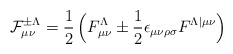
\begin{align*}{\cal F}^{\pm \Lambda}_{\mu \nu} ={1\over 2} \, \Bigl ( F^{\Lambda}_{\mu \nu} \pm {1\over 2}\epsilon_{\mu\nu\rho\sigma}F^{\Lambda \vert \mu \nu} \Bigr )\end{align*}